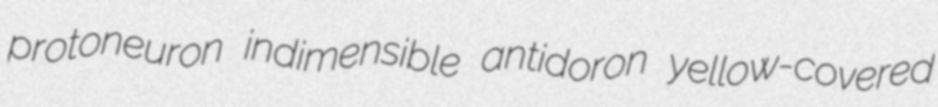
protoneuron indimensible antidoron yellow-covered